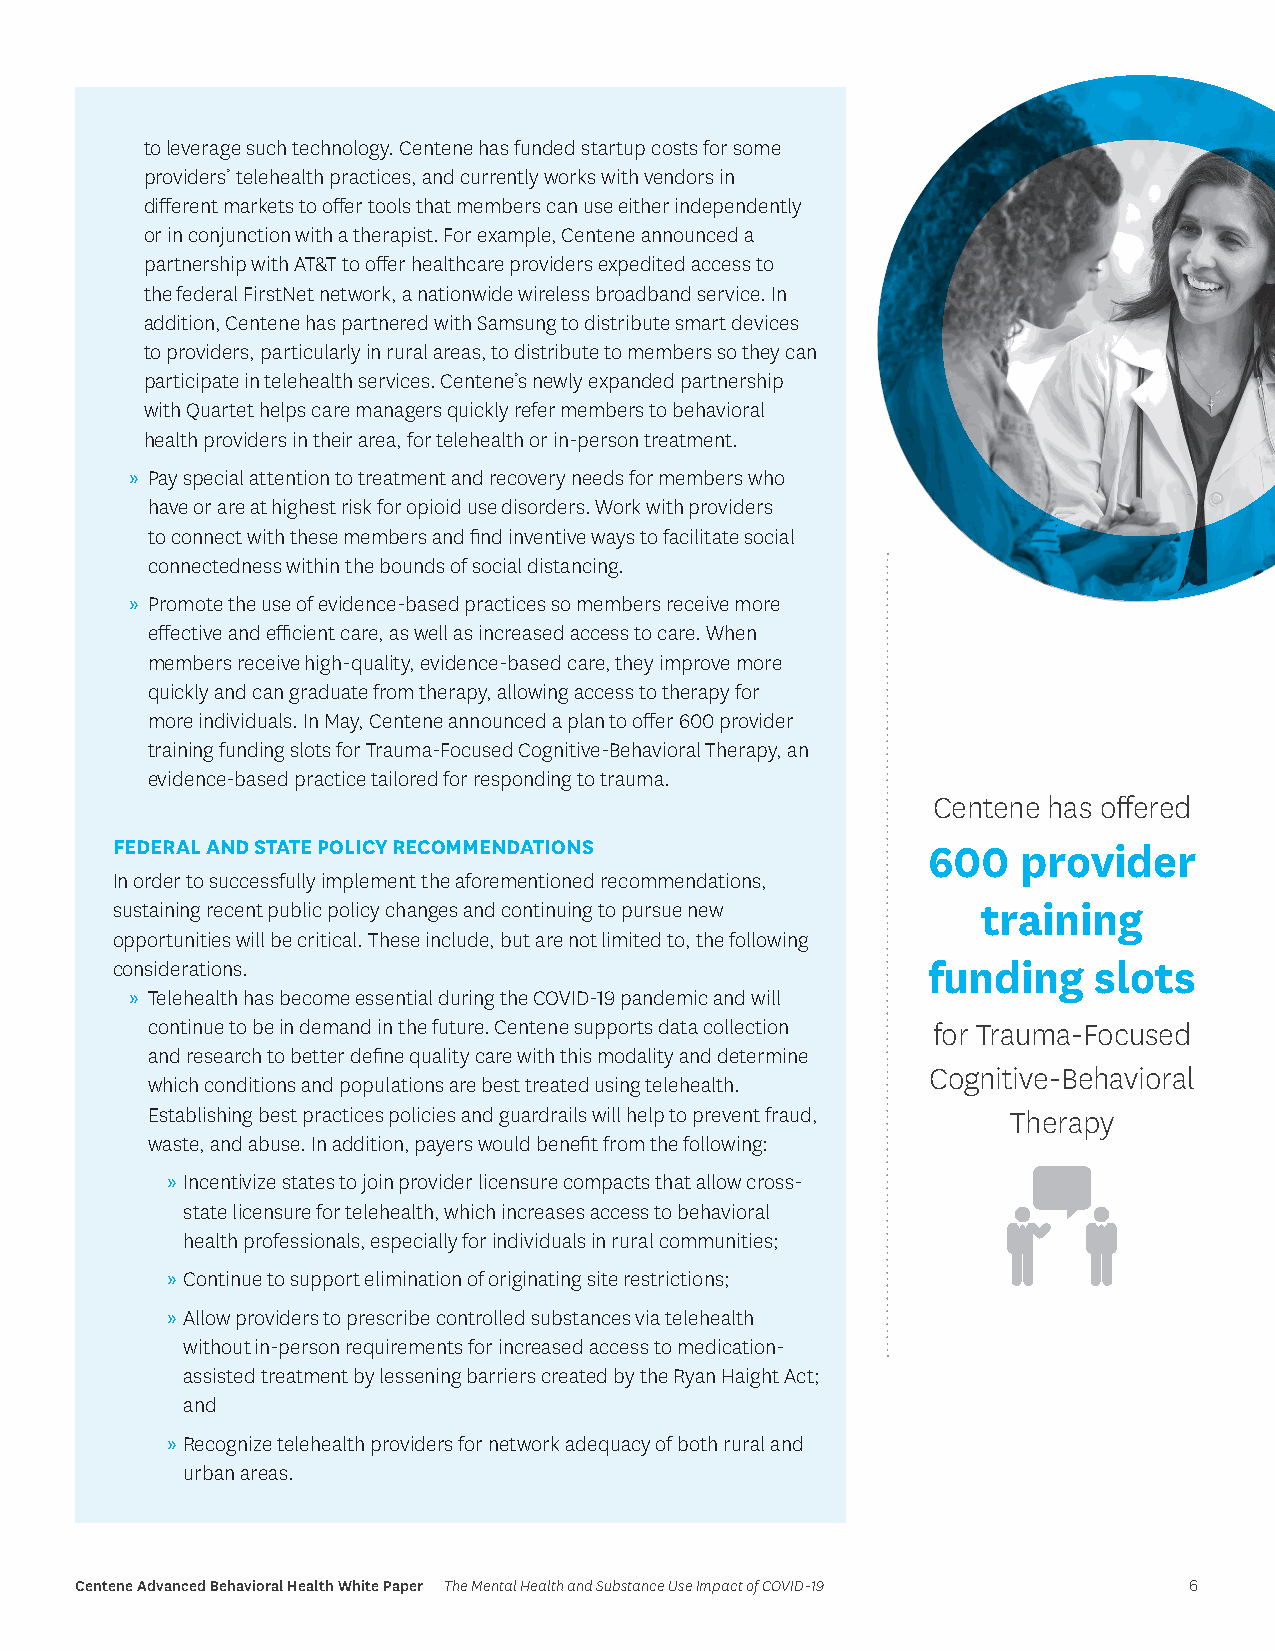
to leverage such technology. Centene has funded startup costs for some
 providers’ telehealth practices, and currently works with vendors in
 different markets to offer tools that members can use either independently
 or in conjunction with a therapist. For example, Centene announced a
 partnership with AT&T to offer healthcare providers expedited access to
 the federal FirstNet network, a nationwide wireless broadband service. In
 addition, Centene has partnered with Samsung to distribute smart devices
 to providers, particularly in rural areas, to distribute to members so they can
 participate in telehealth services. Centene’s newly expanded partnership
 with Quartet helps care managers quickly refer members to behavioral
 health providers in their area, for telehealth or in-person treatment.
 » Pay special attention to treatment and recovery needs for members who
 have or are at highest risk for opioid use disorders. Work with providers
 to connect with these members and find inventive ways to facilitate social
 connectedness within the bounds of social distancing.
 » Promote the use of evidence-based practices so members receive more
 effective and efficient care, as well as increased access to care. When
 members receive high-quality, evidence-based care, they improve more
 quickly and can graduate from therapy, allowing access to therapy for
 more individuals. In May, Centene announced a plan to offer 600 provider
 training funding slots for Trauma-Focused Cognitive-Behavioral Therapy, an
 evidence-based practice tailored for responding to trauma.
 Centene has offered
 FEDERAL AND STATE POLICY RECOMMENDATIONS              600    provider
 In order to successfully implement the aforementioned recommendations,
 sustaining recent public policy changes and continuing to pursue new training
 opportunities will be critical. These include, but are not limited to, the following
 considerations.                                       funding    slots
 » Telehealth has become essential during the COVID-19 pandemic and will
 continue to be in demand in the future. Centene supports data collection for Trauma-Focused
 and research to better define quality care with this modality and determine
 Cognitive-Behavioral
 which conditions and populations are best treated using telehealth.
 Establishing best practices policies and guardrails will help to prevent fraud, Therapy
 waste, and abuse. In addition, payers would benefit from the following:
 » Incentivize states to join provider licensure compacts that allow cross-
 state licensure for telehealth, which increases access to behavioral
 health professionals, especially for individuals in rural communities;
 » Continue to support elimination of originating site restrictions;
 » Allow providers to prescribe controlled substances via telehealth
 without in-person requirements for increased access to medication-
 assisted treatment by lessening barriers created by the Ryan Haight Act;
 and
 » Recognize telehealth providers for network adequacy of both rural and
 urban areas.
 Centene Advanced Behavioral Health White Paper The Mental Health and Substance Use Impact of COVID-19 6